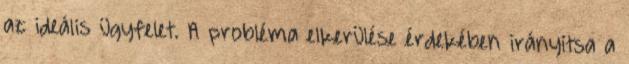
az ideális ügyfelet. A probléma elkerülése érdekében irányítsa a